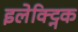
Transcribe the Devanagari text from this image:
इलेक्ट्निक